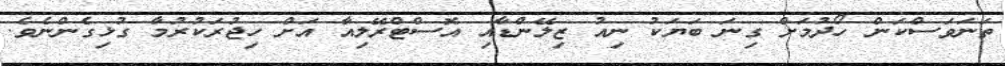
ތަނަވަސްކަން ހޯދުމަށް ގިނަ ބަޔަކު ނިއު ޒިލޭންޑާއި އޮސްޓްރޭލިއާ އަށް ހިޖުރަކުރުމާ ގުޅިގެންނެވެ.